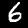
Label: 6